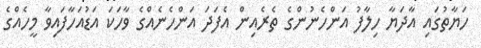
ހަޔާތުގައި އާދަޔާ ހިލާފު އަންހެނުންގެ ތެރެއިން އެފަދަ އަންހެނެއްގެ ވާހަކަ އަޑުއަހާފައިވާ މީހެއްގެ